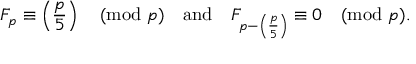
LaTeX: F _ { p } \equiv \left( { \frac { p } { 5 } } \right) { \pmod { p } } \quad { \mathrm { a n d } } \quad F _ { p - \left( { \frac { p } { 5 } } \right) } \equiv 0 { \pmod { p } } .